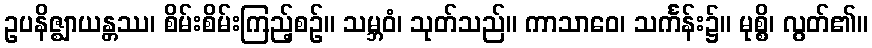
ဥပနိဇ္ဈာယန္တဿ၊ စိမ်းစိမ်းကြည့်စဉ်။ သမ္ဘဝံ၊ သုတ်သည်။ ကာသာဝေ၊ သင်္ကန်း၌။ မုစ္စိ၊ လွတ်၏။